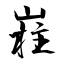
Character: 嵀